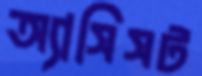
অ্যাসিসট